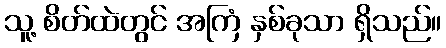
သူ့ စိတ်ထဲတွင် အကြံ နှစ်ခုသာ ရှိသည်။